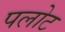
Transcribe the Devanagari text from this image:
पलोट